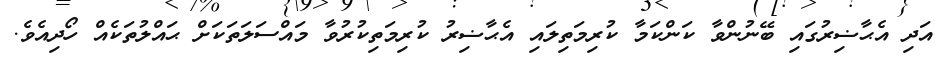
އަދި އެޙާޟިރުގައި ބޭނުންވާ ކަންކަމާ ކުރިމަތިލައި އެޙާޟިރު ކުރިމަތިކުރުވާ މައްސަލަތަކަށް ޙައްލުތަކެއް ހޯދިއެވެ.